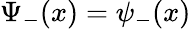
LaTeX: \Psi_{-}(x)=\psi_{-}(x)